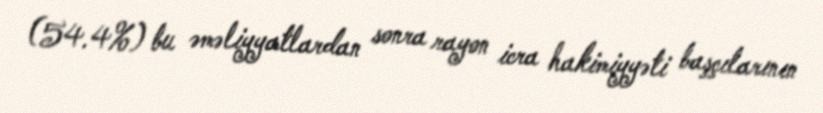
(54.4%) bu əməliyyatlardan sonra rayon icra hakimiyyəti başçılarının